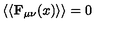
\left\langle \left< \mathbf { F } _ { \mu \nu } ( x ) \right> \right\rangle = 0